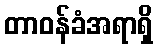
တာဝန်ခံအရာရှိ